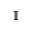
\mathbb { I }